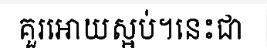
គួរអោយស្អប់។នេះជា